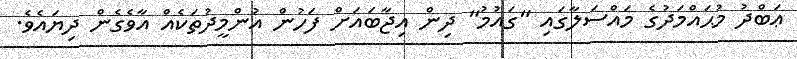
ޢަބްދު މުޙައްމަދުގެ މައްސަލާގައި "ގައުމު" ދިން އިޖާބައަށް ފަހުން އުންމީދުތަކެއް އާވެގެން ދިޔައެވެ.